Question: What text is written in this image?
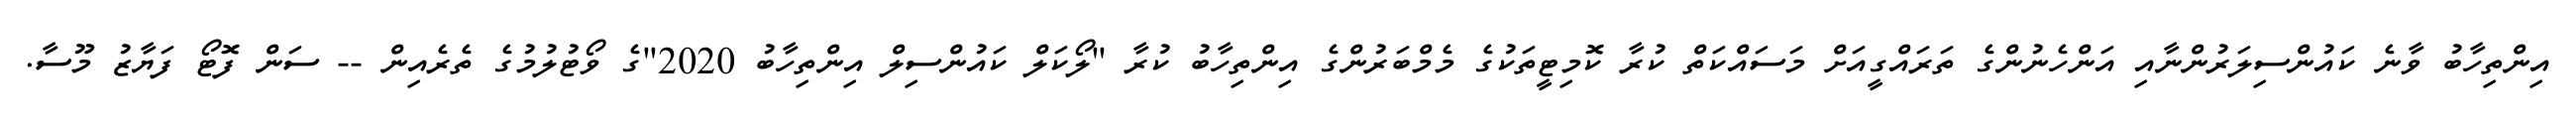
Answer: އިންތިހާބު ވާނެ ކައުންސިލަރުންނާއި އަންހެނުންގެ ތަރައްގީއަށް މަސައްކަތް ކުރާ ކޮމިޓީތަކުގެ މެމްބަރުންގެ އިންތިހާބު ކުރާ "ލޯކަލް ކައުންސިލް އިންތިހާބު 2020"ގެ ވޯޓުލުމުގެ ތެރެއިން -- ސަން ފޮޓޯ ފަޔާޒު މޫސާ.